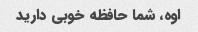
اوه، شما حافظه خوبی دارید